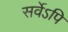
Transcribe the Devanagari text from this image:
सर्वेऽपि